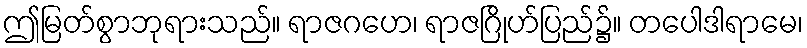
ဤမြတ်စွာဘုရားသည်။ ရာဇဂဟေ၊ ရာဇဂြိုဟ်ပြည်၌။ တပေါဒါရာမေ၊